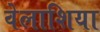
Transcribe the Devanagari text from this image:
वेलाशिया